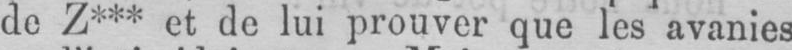
Z*** et de lui prouver que les avanies